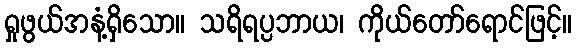
ရှုဖွယ်အနံ့ရှိသော။ သရိရပ္ပဘာယ၊ ကိုယ်တော်ရောင်ဖြင့်။